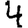
Digit: 4